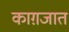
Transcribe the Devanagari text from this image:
काग़जात